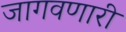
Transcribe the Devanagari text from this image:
जागवणारी